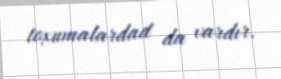
toxumalardad da vardır.